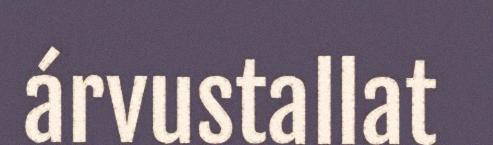
árvustallat